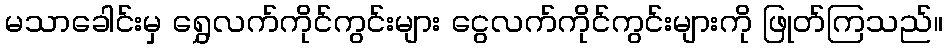
မသာခေါင်းမှ ရွှေလက်ကိုင်ကွင်းများ ငွေလက်ကိုင်ကွင်းများကို ဖြုတ်ကြသည်။